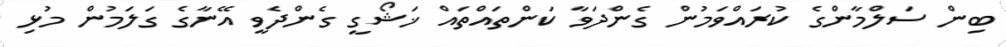
ބިން ސަލްމާންގެ ކުރައްވަމުން ގެންދަވާ ކަންތައްތައް ޚަޝޯގީ ގެންދެވީ އޭނާގެ ގަލަމުން މުޅި